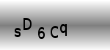
Text: sD6Cq